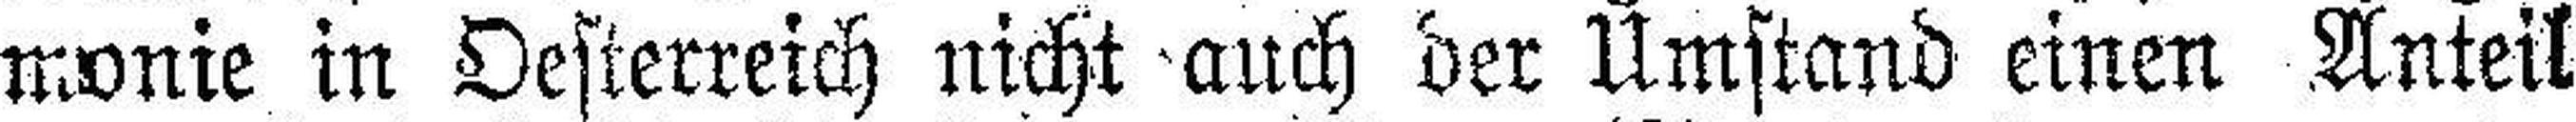
monie in Oesterreich nicht auch der Umstand einen Anteil